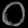
Digit: ၀